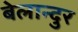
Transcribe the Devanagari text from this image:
बेलान्दुर